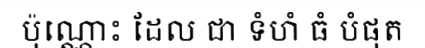
ប៉ុណ្ណោះ ដែល ជា ទំហំ ធំ បំផុត